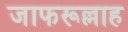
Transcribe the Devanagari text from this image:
जाफरूल्लाह